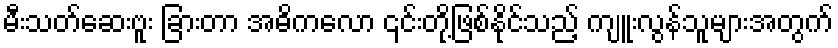
မီးသတ်ဆေးဗူး ခြားတာ အဓိကလော ၎င်းတို့ဖြစ်နိုင်သည့် ကျူးလွန်သူများအတွက်